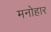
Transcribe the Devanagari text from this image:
मनोहार